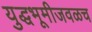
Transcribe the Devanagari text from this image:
युद्धभूमीजवळच